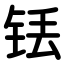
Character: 铥